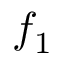
f _ { 1 }